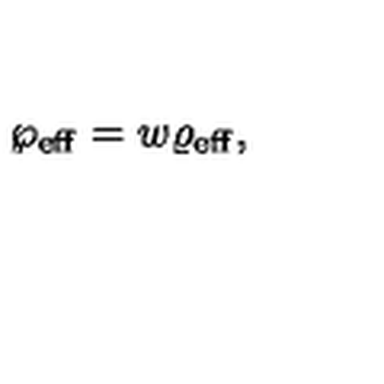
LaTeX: \wp _ { \mathrm { e f f } } = w \varrho _ { \mathrm { e f f } } ,